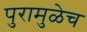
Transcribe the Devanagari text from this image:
पुरामुळेच